Saare_Masina-traktorijaam, lk 13
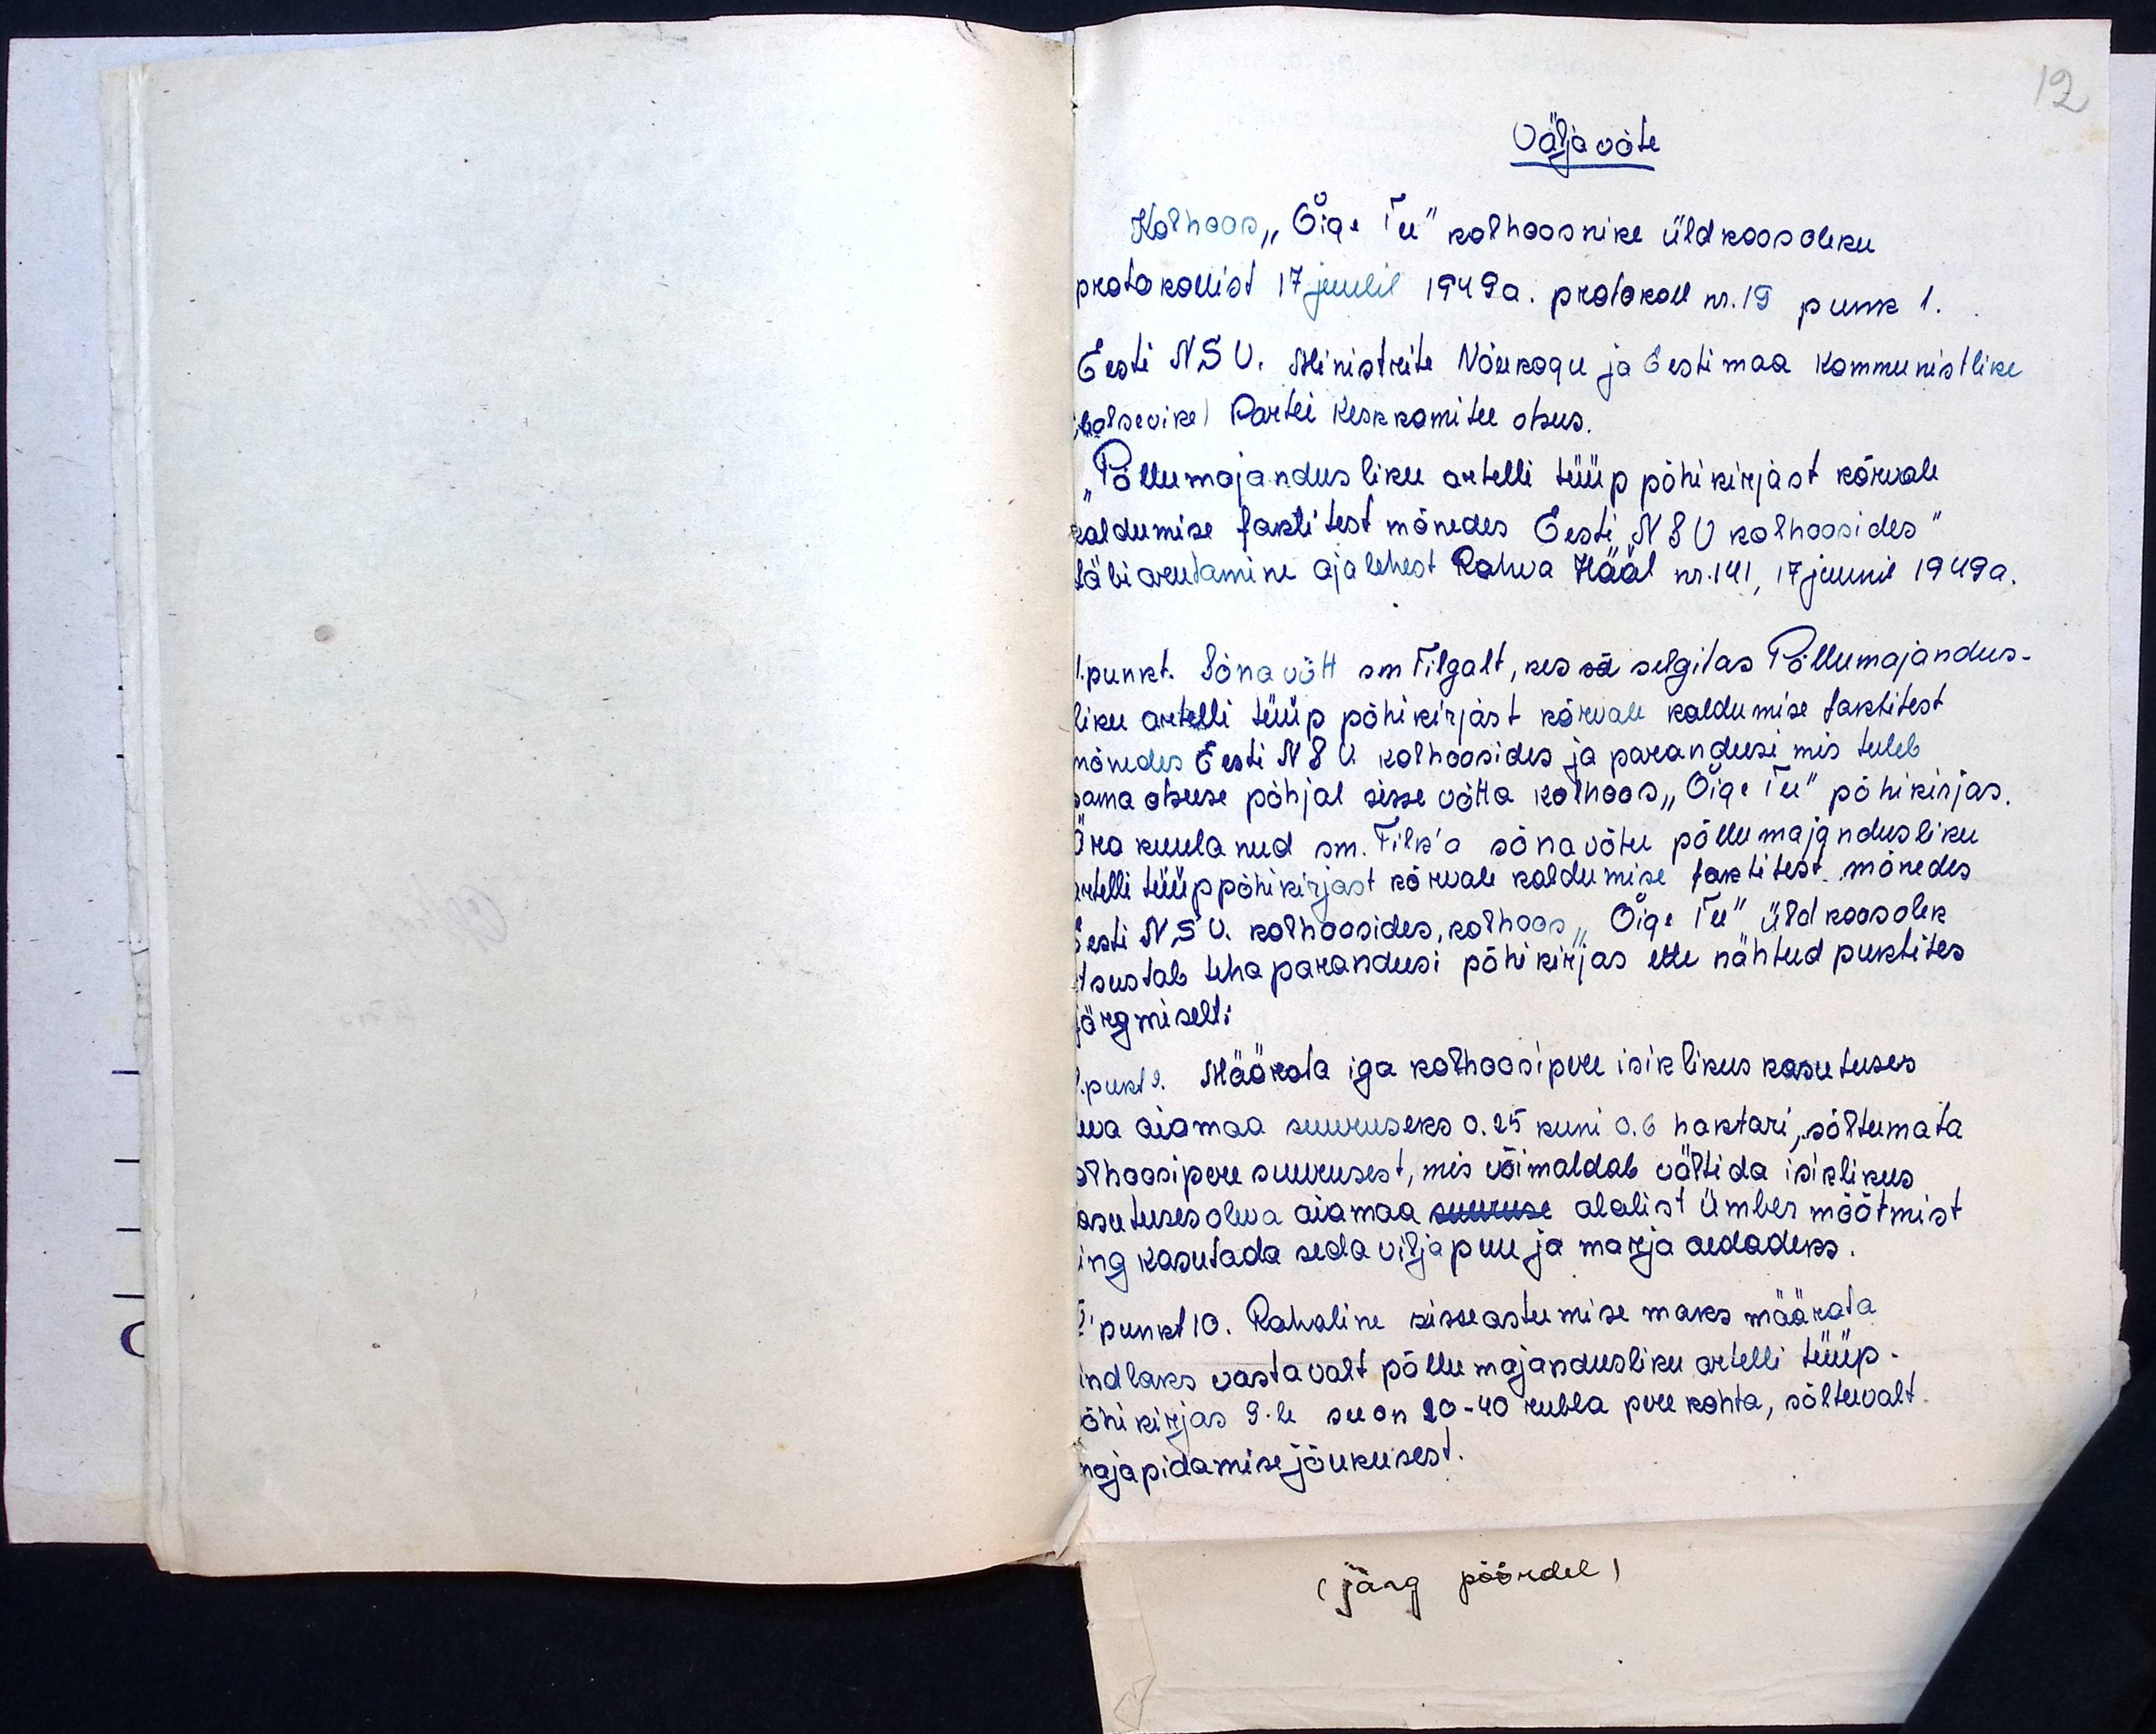
Väljavõte
Kolhoos "Õige Tee" kolhoosnike üldkoosoleku
protokollist 17 juulil 1949 a. protokoll nr. 19 punk 1.
Eesti NSV. Ministrite Nõukogu ja Eestimaa Kommunistliku
bolsevike) Partei keskkomitee otsus.
"Põllumajandusliku artelli tüüp põhikirjast kõrvale
kaldumise faktitest mõnedes Eesti NSV kolhoosides"
läbiarutamine ajalehest Rahva Hääl nr. 141, 17 juunil 1949 a.
1. punkt. Sõnavõtt sm Tilgalt, kes sä selgitas Põllumajandus-
liku artelli tüüp põhikirjast kõrvale kaldumise faktitest
mõnedes Eesti NSV kolhoosides ja parandusi mis tuleb
sama otsuse põhjal sisse võtta kolhoos "Õige Tee" põhikirjas
Ära kuulanud sm. Tilk'a sõnavõtu põllumajandusliku
artelli tüüppõhikirjast kõrvale kaldumise faktitest mõnedes
Eesti N. S V. kolhoosides, kolhoos "Õige Tee" üldkoosolek
tsustab teha parandusi põhikirjas ette nähtud puktites
järgmiselt:
1. pukt 9. Määrata iga kolhoosipere isiklikus kasutuses
eva aiamaa suuruseks 0.25 kuni 0.6 haktari, sõltumata
olhoosipere suurusest, mis võimaldab vältida isiklikus
asutuses oleva aiamaa suuruse alalist ümber mõõtmist
ing kasutada seda vilja puu ja marja aedadeks
2. punkt 10. Rahaline sisseastumisemaks määrata
indlaks vastavalt põllumajandusliku artelli tüüp.
õhikirjas 9-le see on 20-40 rubla pere kohta, sõltuvalt
majapidamise jõukusest.
( järg pöördel)